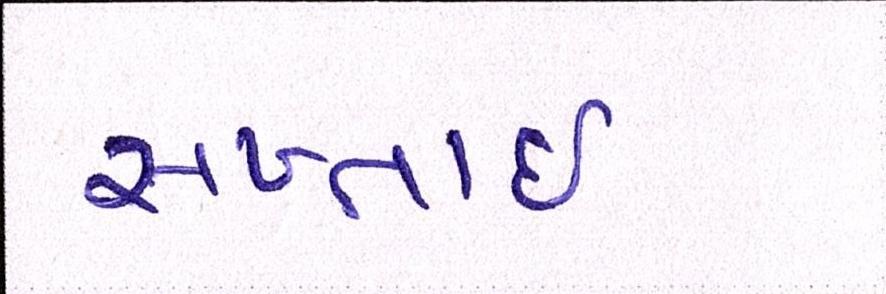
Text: સખ્તાઈ